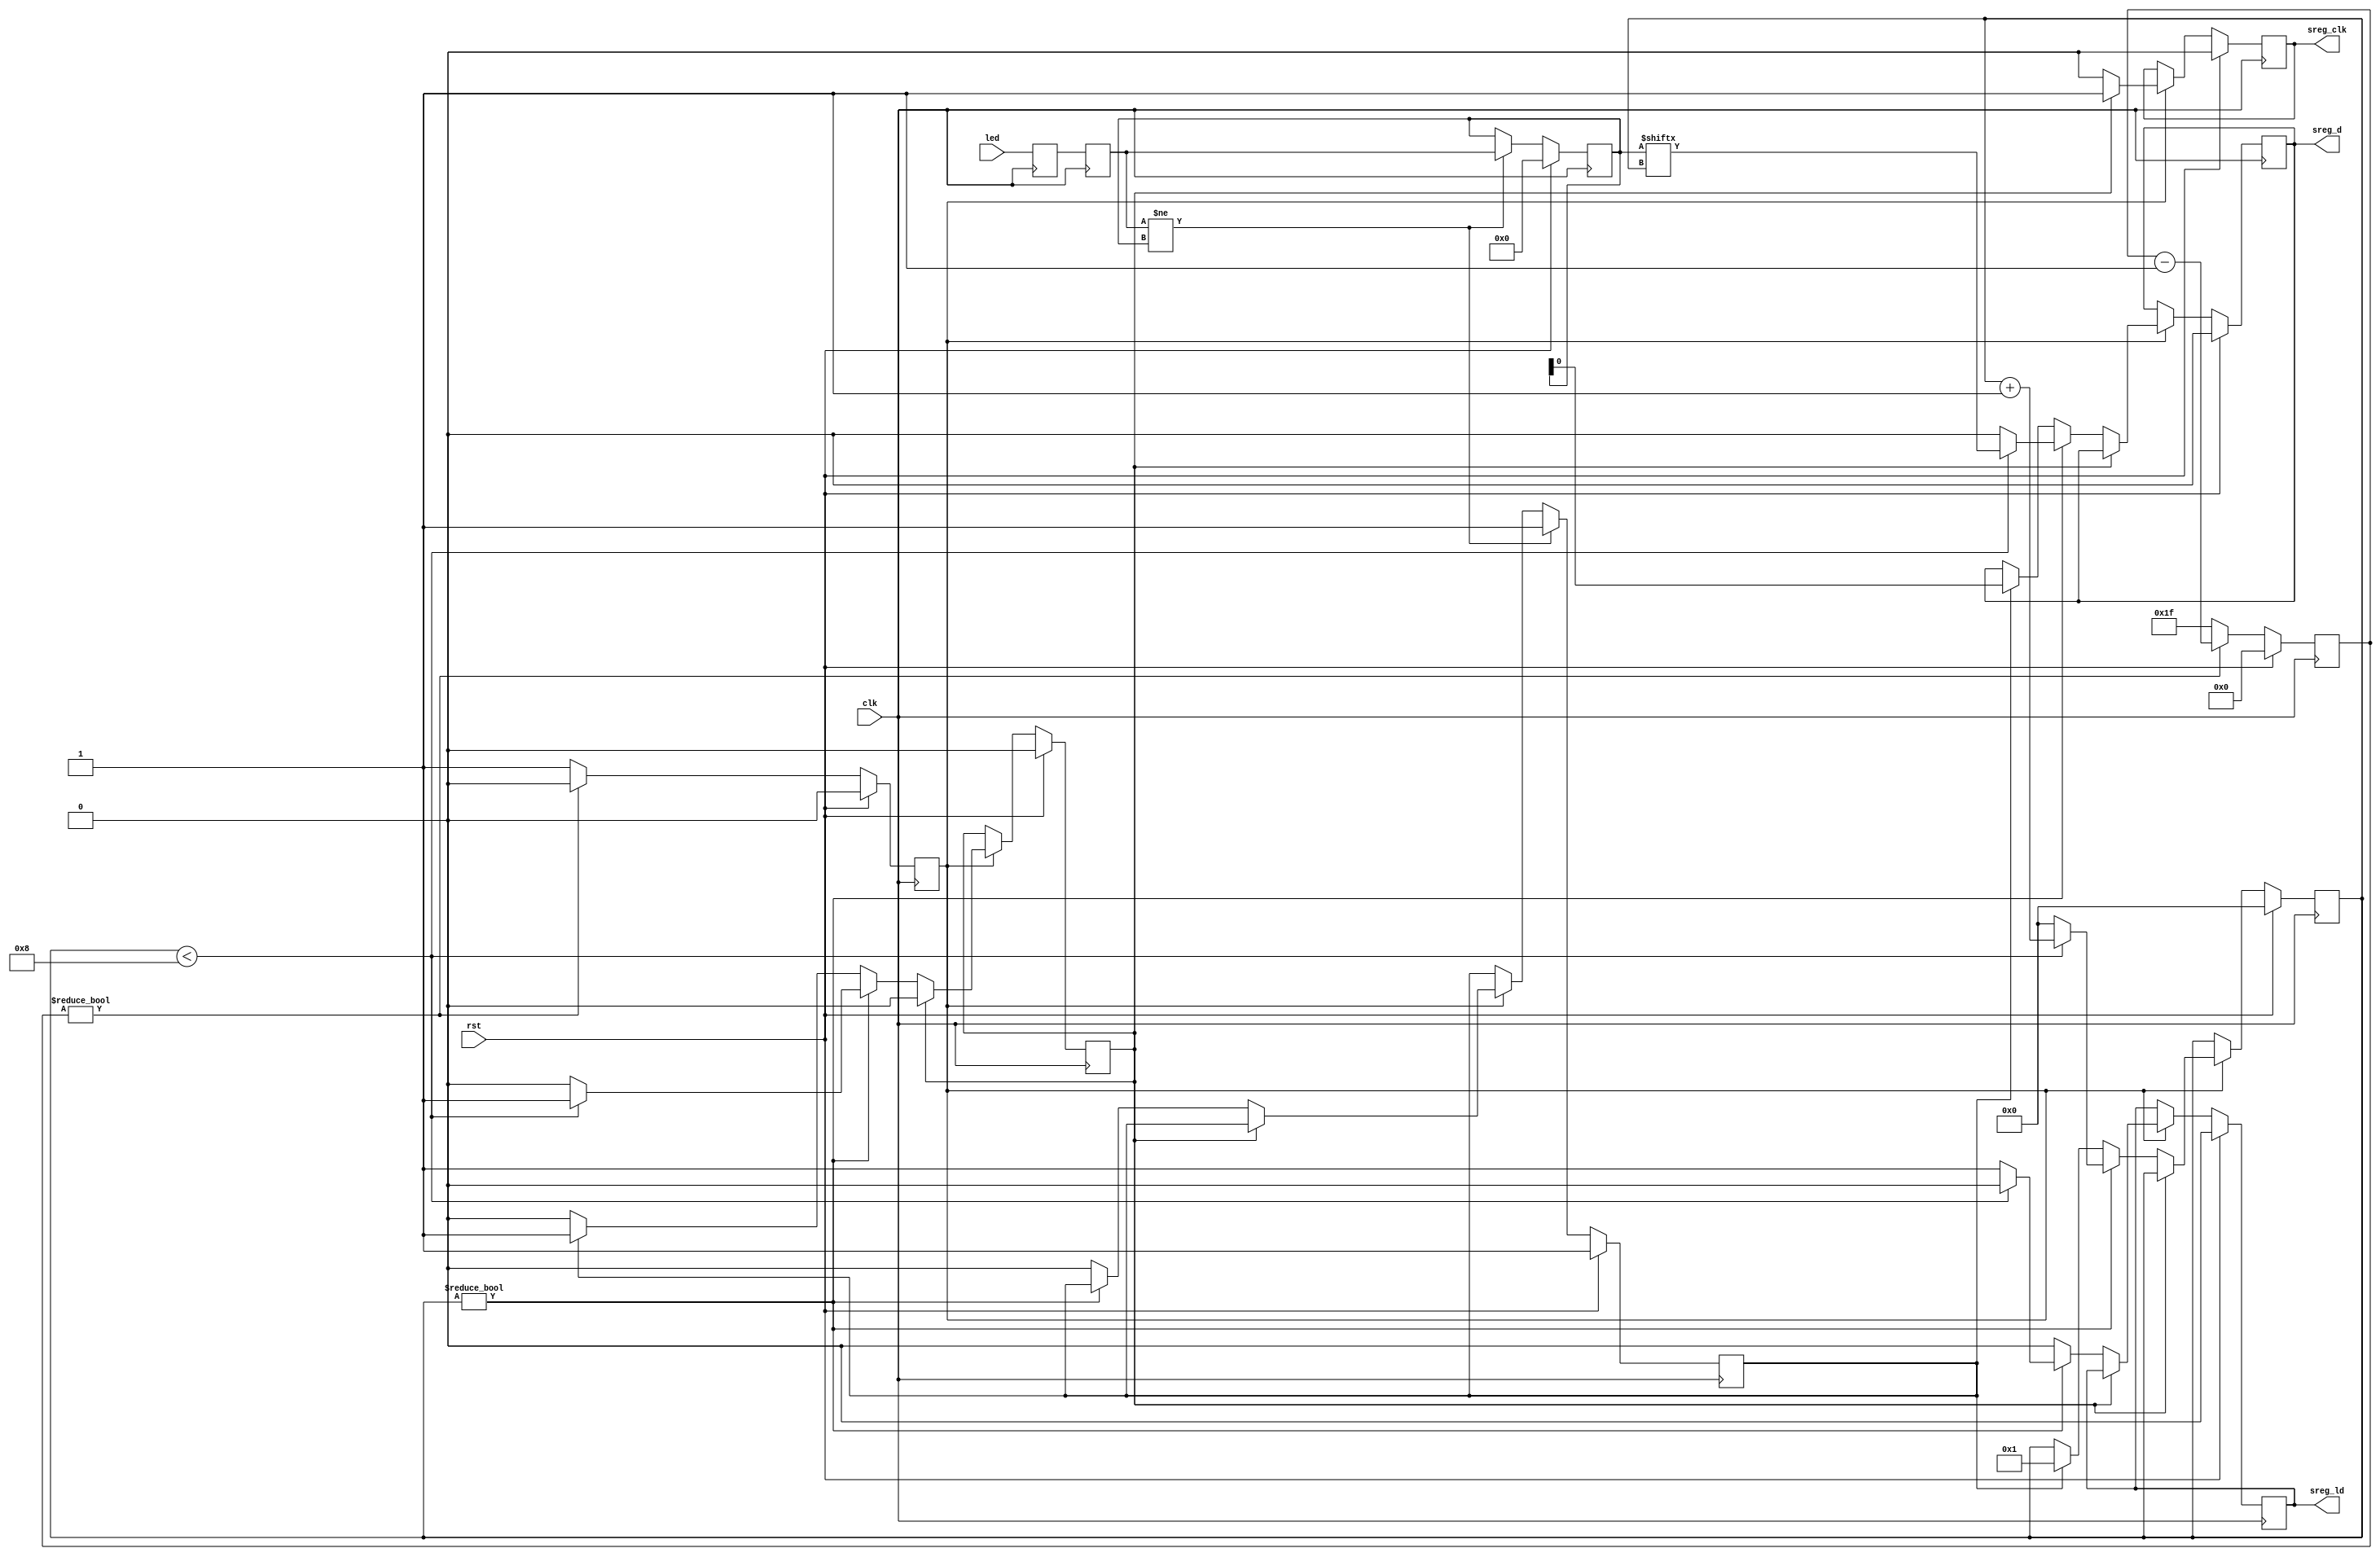
/*

Copyright (c) 2020 Alex Forencich

Permission is hereby granted, free of charge, to any person obtaining a copy
of this software and associated documentation files (the "Software"), to deal
in the Software without restriction, including without limitation the rights
to use, copy, modify, merge, publish, distribute, sublicense, and/or sell
copies of the Software, and to permit persons to whom the Software is
furnished to do so, subject to the following conditions:

The above copyright notice and this permission notice shall be included in
all copies or substantial portions of the Software.

THE SOFTWARE IS PROVIDED "AS IS", WITHOUT WARRANTY OF ANY KIND, EXPRESS OR
IMPLIED, INCLUDING BUT NOT LIMITED TO THE WARRANTIES OF MERCHANTABILITY
FITNESS FOR A PARTICULAR PURPOSE AND NONINFRINGEMENT. IN NO EVENT SHALL THE
AUTHORS OR COPYRIGHT HOLDERS BE LIABLE FOR ANY CLAIM, DAMAGES OR OTHER
LIABILITY, WHETHER IN AN ACTION OF CONTRACT, TORT OR OTHERWISE, ARISING FROM,
OUT OF OR IN CONNECTION WITH THE SOFTWARE OR THE USE OR OTHER DEALINGS IN
THE SOFTWARE.

*/

// Language: Verilog 2001

`resetall
`timescale 1ns / 1ps
`default_nettype none

/*
 * LED shift register driver
 */
module led_sreg_driver #(
    // number of LEDs
    parameter COUNT = 8,
    // invert output
    parameter INVERT = 0,
    // clock prescale
    parameter PRESCALE = 31
)
(
    input  wire             clk,
    input  wire             rst,

    input  wire [COUNT-1:0] led,

    output wire             sreg_d,
    output wire             sreg_ld,
    output wire             sreg_clk
);

localparam CL_COUNT = $clog2(COUNT+1);
localparam CL_PRESCALE = $clog2(PRESCALE+1);

reg [CL_COUNT-1:0] count_reg = 0;
reg [CL_PRESCALE-1:0] prescale_count_reg = 0;
reg enable_reg = 1'b0;
reg update_reg = 1'b1;
reg cycle_reg = 1'b0;

reg [COUNT-1:0] led_sync_reg_1 = 0;
reg [COUNT-1:0] led_sync_reg_2 = 0;
reg [COUNT-1:0] led_reg = 0;

reg sreg_d_reg = 1'b0;
reg sreg_ld_reg = 1'b0;
reg sreg_clk_reg = 1'b0;

assign sreg_d = INVERT ? !sreg_d_reg : sreg_d_reg;
assign sreg_ld = sreg_ld_reg;
assign sreg_clk = sreg_clk_reg;

always @(posedge clk) begin
    led_sync_reg_1 <= led;
    led_sync_reg_2 <= led_sync_reg_1;

    enable_reg <= 1'b0;

    if (prescale_count_reg) begin
        prescale_count_reg <= prescale_count_reg - 1;
    end else begin
        enable_reg <= 1'b1;
        prescale_count_reg <= PRESCALE;
    end

    if (enable_reg) begin
        if (cycle_reg) begin
            cycle_reg <= 1'b0;
            sreg_clk_reg <= 1'b1;
        end else if (count_reg) begin
            sreg_clk_reg <= 1'b0;
            sreg_ld_reg <= 1'b0;

            if (count_reg < COUNT) begin
                count_reg <= count_reg + 1;
                cycle_reg <= 1'b1;
                sreg_d_reg <= led_reg[count_reg];
            end else begin
                count_reg <= 0;
                cycle_reg <= 1'b0;
                sreg_d_reg <= 1'b0;
                sreg_ld_reg <= 1'b1;
            end
        end else begin
            sreg_clk_reg <= 1'b0;
            sreg_ld_reg <= 1'b0;

            if (update_reg) begin
                update_reg <= 1'b0;

                count_reg <= 1;
                cycle_reg <= 1'b1;
                sreg_d_reg <= led_reg[0];
            end
        end
    end

    if (led_sync_reg_2 != led_reg) begin
        led_reg <= led_sync_reg_2;
        update_reg <= 1'b1;
    end

    if (rst) begin
        count_reg <= 0;
        prescale_count_reg <= 0;
        enable_reg <= 1'b0;
        update_reg <= 1'b1;
        cycle_reg <= 1'b0;
        led_reg <= 0;
        sreg_d_reg <= 1'b0;
        sreg_ld_reg <= 1'b0;
        sreg_clk_reg <= 1'b0;
    end
end

endmodule

`resetall